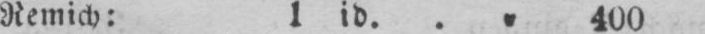
Remich: l id. .„ 400